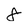
Character: 8